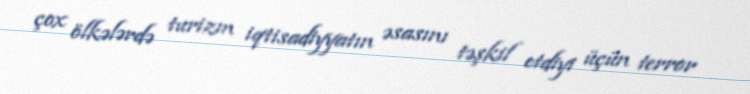
çox ölkələrdə turizm iqtisadiyyatın əsasını təşkil etdiyi üçün terror